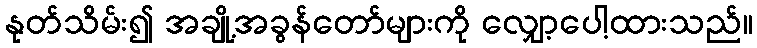
နုတ်သိမ်း၍ အချို့အခွန်တော်များကို လျှော့ပေါ့ထားသည်။